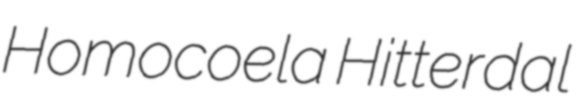
Homocoela Hitterdal